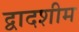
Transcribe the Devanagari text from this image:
द्वादशीम